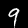
Label: 9